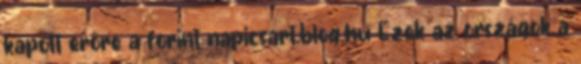
kapott erőre a forint napicsart.blog.hu Ezek az országok a